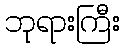
ဘုရားကြီး